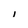
Character: i